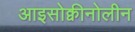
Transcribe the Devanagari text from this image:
आइसोक्वीनोलीन